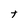
Character: t